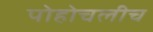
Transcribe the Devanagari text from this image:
पोहोचलीच